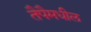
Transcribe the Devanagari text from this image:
तैपैमधील